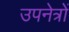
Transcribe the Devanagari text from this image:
उपनेत्रों